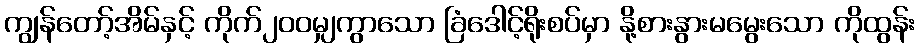
ကျွန်တော့်အိမ်နှင့် ကိုက်၂၀၀မျှကွာသော ခြံဒေါင့်ရိုးစပ်မှာ နို့စားနွားမမွေးသော ကိုထွန်း